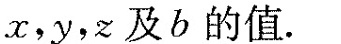
x，y，z及b的值。